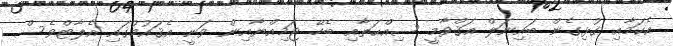
އެކަމާއި ގުޅިގެން ބައިނަލް އަޤްވާމީ ސިއްޙަތާއި ބެހޭ ޖަމިއްޔާއިން ވަނީ އެޤައުމުގައި އެލާޓްވެސް